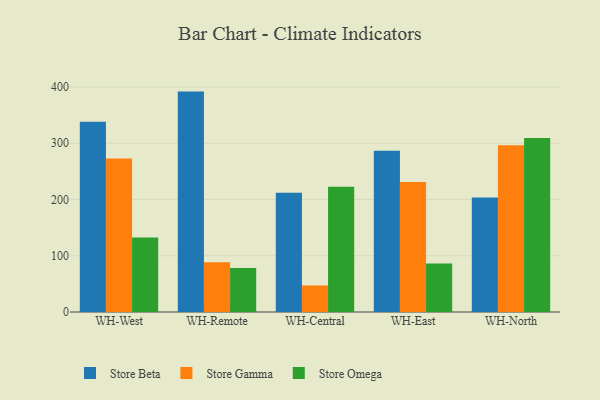
{"axis": {"x": "Warehouse", "y": "Churn Rate (%)"}, "legend": ["Store Beta", "Store Gamma", "Store Omega"], "data": [{"x": "WH-West", "y": 338.4, "type": "Store Beta"}, {"x": "WH-West", "y": 272.8, "type": "Store Gamma"}, {"x": "WH-West", "y": 132.4, "type": "Store Omega"}, {"x": "WH-Remote", "y": 391.8, "type": "Store Beta"}, {"x": "WH-Remote", "y": 88.4, "type": "Store Gamma"}, {"x": "WH-Remote", "y": 78.0, "type": "Store Omega"}, {"x": "WH-Central", "y": 211.8, "type": "Store Beta"}, {"x": "WH-Central", "y": 47.2, "type": "Store Gamma"}, {"x": "WH-Central", "y": 222.6, "type": "Store Omega"}, {"x": "WH-East", "y": 286.8, "type": "Store Beta"}, {"x": "WH-East", "y": 231.3, "type": "Store Gamma"}, {"x": "WH-East", "y": 86.2, "type": "Store Omega"}, {"x": "WH-North", "y": 203.5, "type": "Store Beta"}, {"x": "WH-North", "y": 296.3, "type": "Store Gamma"}, {"x": "WH-North", "y": 309.5, "type": "Store Omega"}]}